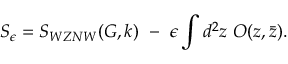
S _ { \epsilon } = S _ { W Z N W } ( G , k ) ~ - ~ \epsilon \int d ^ { 2 } z ~ O ( z , \bar { z } ) .